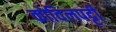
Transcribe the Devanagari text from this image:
कोविलपट्टी